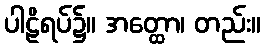
ပါဠိရပ်၌။ အတ္ထော၊ တည်း။